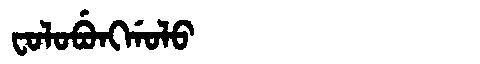
Manchu: ᠸᠣᠯᠣᠪᡠᠩᡤᠣᠯᠣ
Romanization: FOLOBUNGGOLO